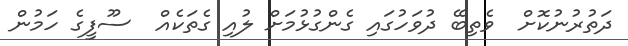
ދަތުރުނުކޮށް  ވެތިބޭ ދުވަހުގައި ގެންގުޅުމަށް ލުއި ގެތަކެއް  ސޫފީގެ ހަމުން